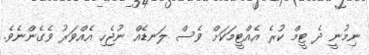
ނިމުނީ ދެ ޓީމް ކުރެ އެއްޓީމަކަށް ވެސް ލަނޑެއް ނުޖެހި އެއްވަރު ވެގެންނެވެ.